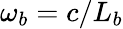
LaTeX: \omega_{b}=c/L_{b}